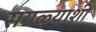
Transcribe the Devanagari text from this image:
सगळ्याशी